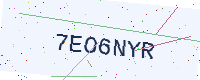
Text: 7EO6NYR